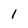
Character: 1